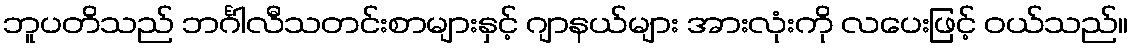
ဘူပတိသည် ဘင်္ဂါလီသတင်းစာများနှင့် ဂျာနယ်များ အားလုံးကို လပေးဖြင့် ဝယ်သည်။